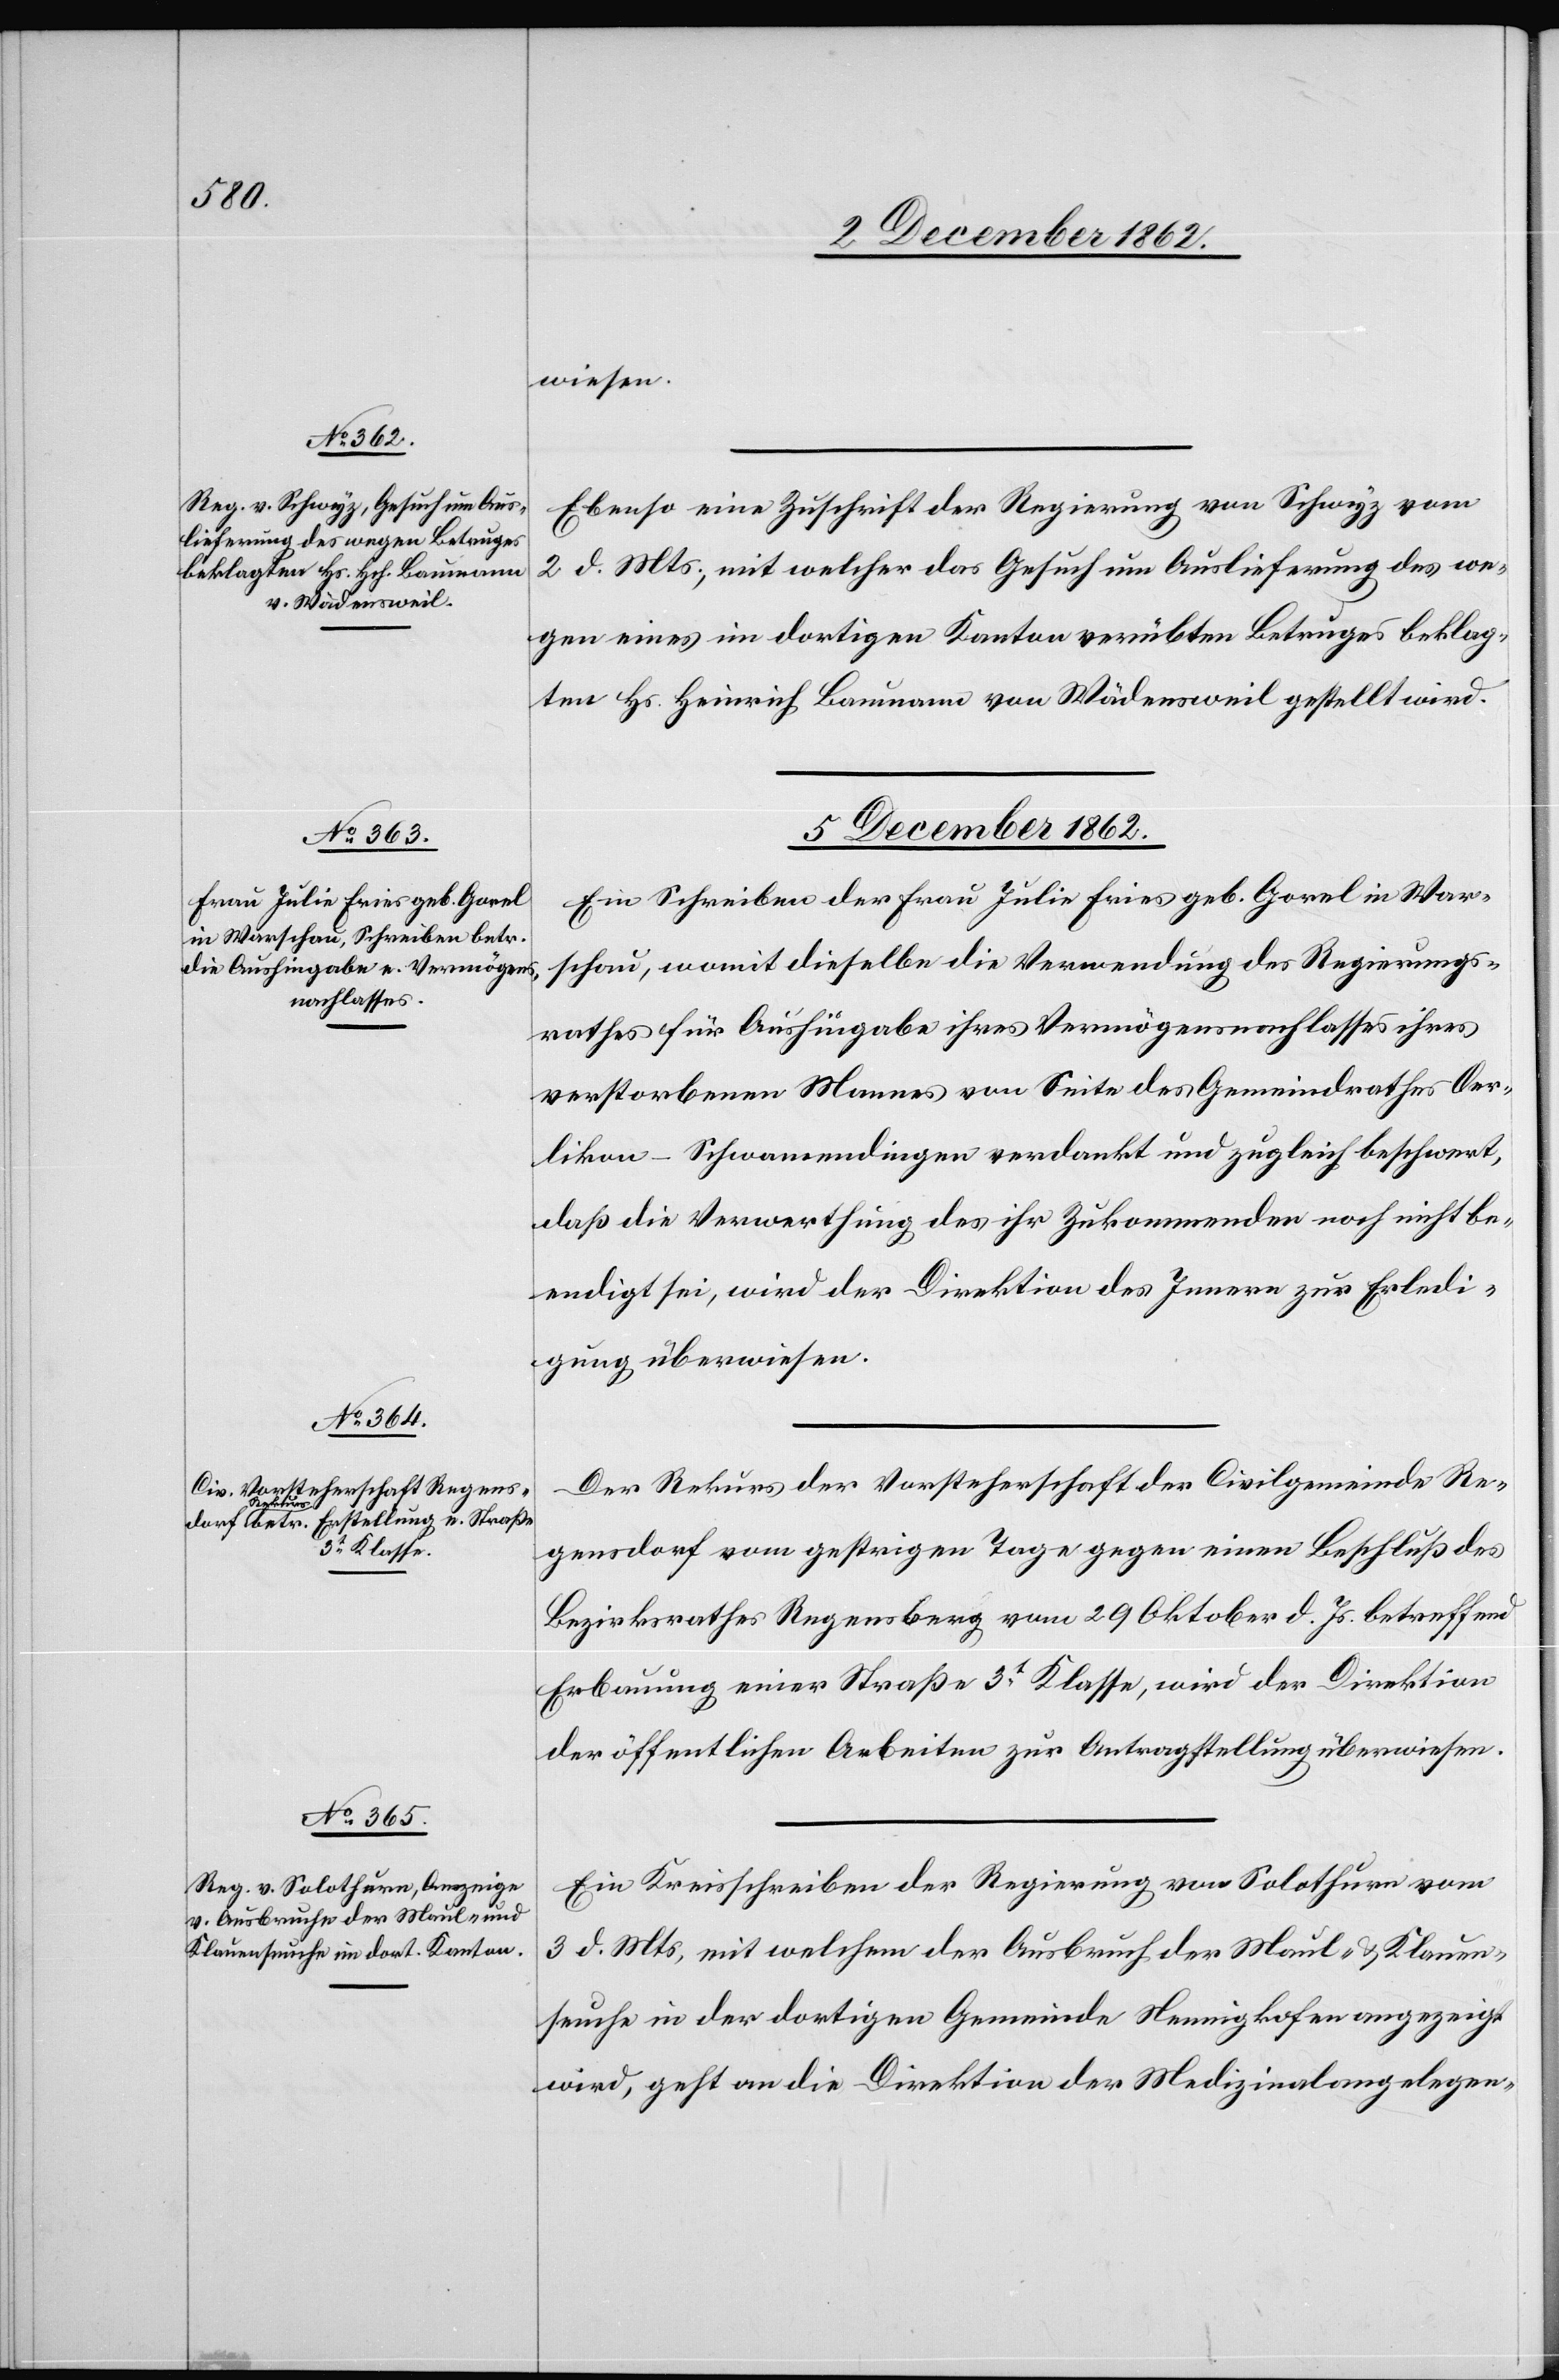
5. December 1862.]
wiesen.
Ebenso eine Zuschrift der Regierung von Schwyz vom
2. d. Mts., mit welcher das Gesuch um Auslieferung des we¬
gen eines im dortigen Kanton verübten Betruges beklag¬
ten Hs. Heinrich Baumann von Wädensweil gestellt wird.
5. December 1862.
Ein Schreiben der Frau Julia Fries geb. Garel in War¬
schau, womit dieselbe die Verwendung des Regierungs¬
rathes für Aushingabe ihres Vermögensnachlasses ihres
verstorbenen Mannes von Seite des Gemeindrathes Oer¬
likon-Schwamendingen verdankt und zugleich beschwert,
daß die Verwerfung des ihr Zukommenden noch nicht be¬
endigt sei, wird der Direktion des Innern zur Erledi¬
gung überwiesen.
Der Rekurs der Vorsteherschaft der Civilgemeinde Re¬
gensdorf vom gestrigen Tage gegen einen Beschluß des
Bezirksrathes Regensberg vom 29. Oktober d. Js. betreffend
Erbauung einer Straße 3t Klasse, wird der Direktion
der öffentlichen Arbeiten zur Antragstellung überwiesen.
Ein Kreisschreiben der Regierung von Solothurn vom
3. d. Mts., mit welchem der Ausbruch der Maul- u. Klauen¬
seuche in der dortigen Gemeinde Nennigkofen angezeigt
wird, geht an die Direktion der Medizinalangelegen-